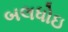
બલધોઇ